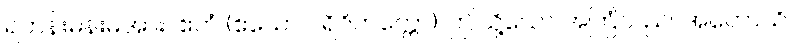
ရဟန်းမိန်းမအား။ ဧတံ (ဧသော ပရိဝိတက္ကော)၊ ဤသို့သော အကြံသည်။ အဟောသိ၊